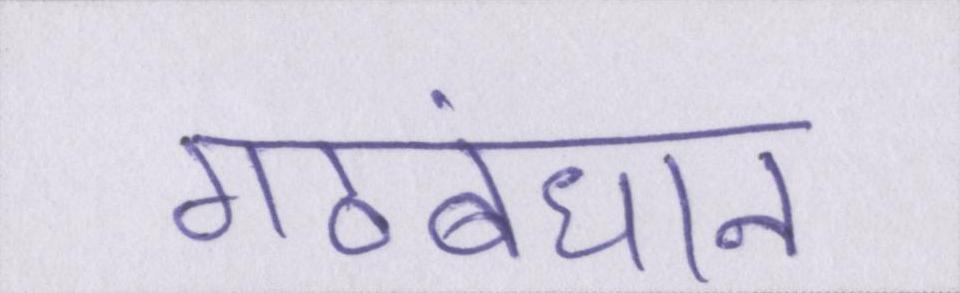
गठबंधान